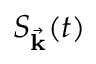
S _ { \vec { \mathbf { k } } } ( t )